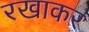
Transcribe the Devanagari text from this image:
रखाकर